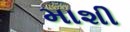
માશી